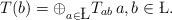
LaTeX: \begin{align*} T(b) = \oplus_{a \in \L} T_{ab}\, a, b\in\L. \end{align*}